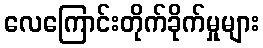
လေကြောင်းတိုက်ခိုက်မှုများ